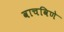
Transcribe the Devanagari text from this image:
वाचविणे